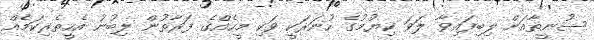
ސުނީތާއަށް ލިބިފައިވާ ލަވަ ކިޔުމުގެ ހުނަރަކީ ވަކި މީހެއްގެ ފަރާތުން ލިބުނު އެހީތެރިކަމެއް